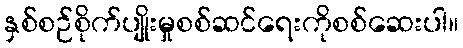
နှစ်စဉ်စိုက်ပျိုးမှုစစ်ဆင်ရေးကိုစစ်ဆေးပါ။